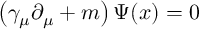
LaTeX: \left( \gamma _ { \mu } \partial _ { \mu } + m \right) \Psi ( x ) = 0